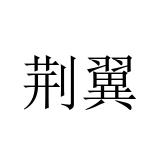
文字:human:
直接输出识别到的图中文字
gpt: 荆翼